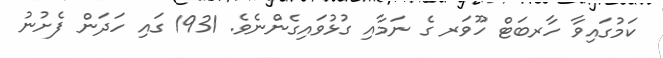
ކަމުގައިވާ ހާރބަޓް ހޫވަރ ގެ ނަމާއި ގުޅުވައިގެންނެވެ. 1931 ގައި ހަދަން ފެށުނު